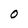
Character: 0